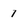
Character: 1